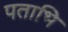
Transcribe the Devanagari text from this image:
पताभि